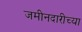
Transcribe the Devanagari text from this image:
जमीनदारीच्या